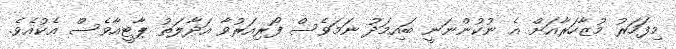
މިފަހަރު މުޒާހަރާއަށް އެ ނުކުންނަނީ ބައިމަދު ނަމަވެސް ފޯރިއަރުވާ އަދާލަތު ޕާޓީއާވެސް އެކުއެވެ.